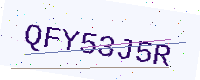
Text: QFY53J5R